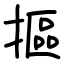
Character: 摳